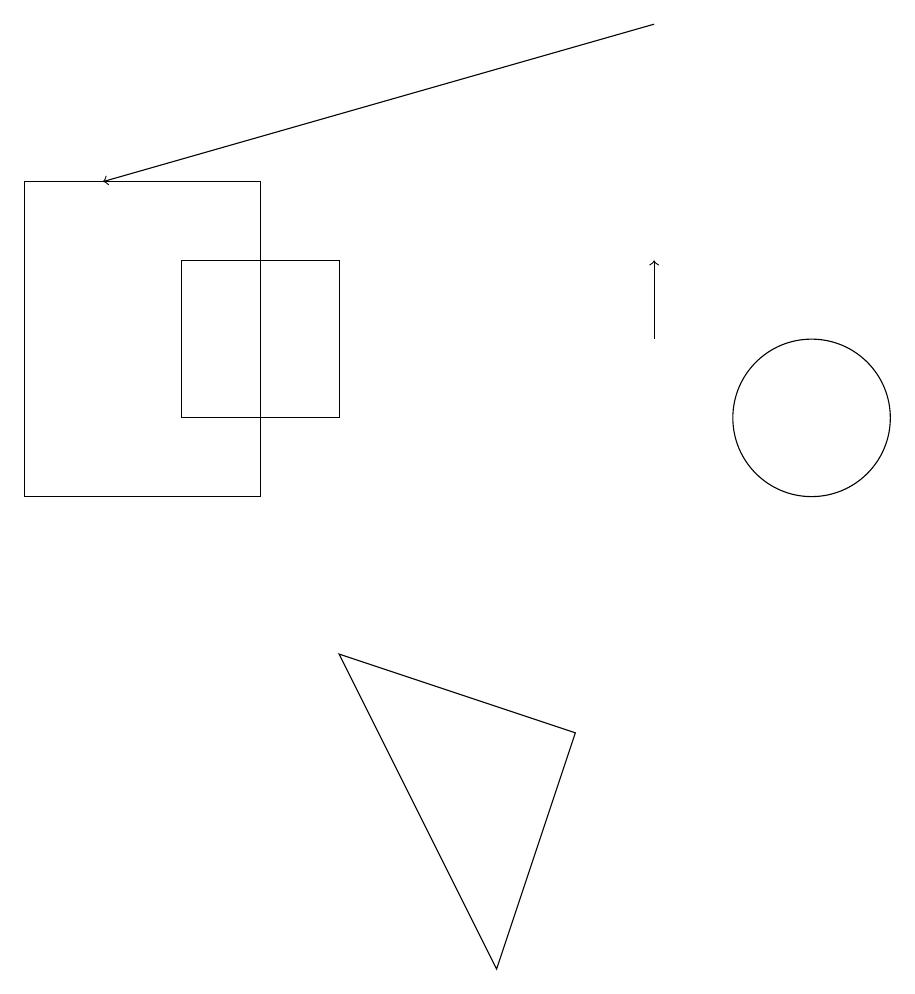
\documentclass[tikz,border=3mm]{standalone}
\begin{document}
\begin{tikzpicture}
\draw (10,11) circle (1);
\draw (3,10) rectangle (0,14);
\draw[->] (8,12) -- (8,13);
\draw[->] (8,16) -- (1,14);
\draw (4,11) rectangle (2,13);
\draw (6,4) -- (4,8) -- (7,7) -- cycle;
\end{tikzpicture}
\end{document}